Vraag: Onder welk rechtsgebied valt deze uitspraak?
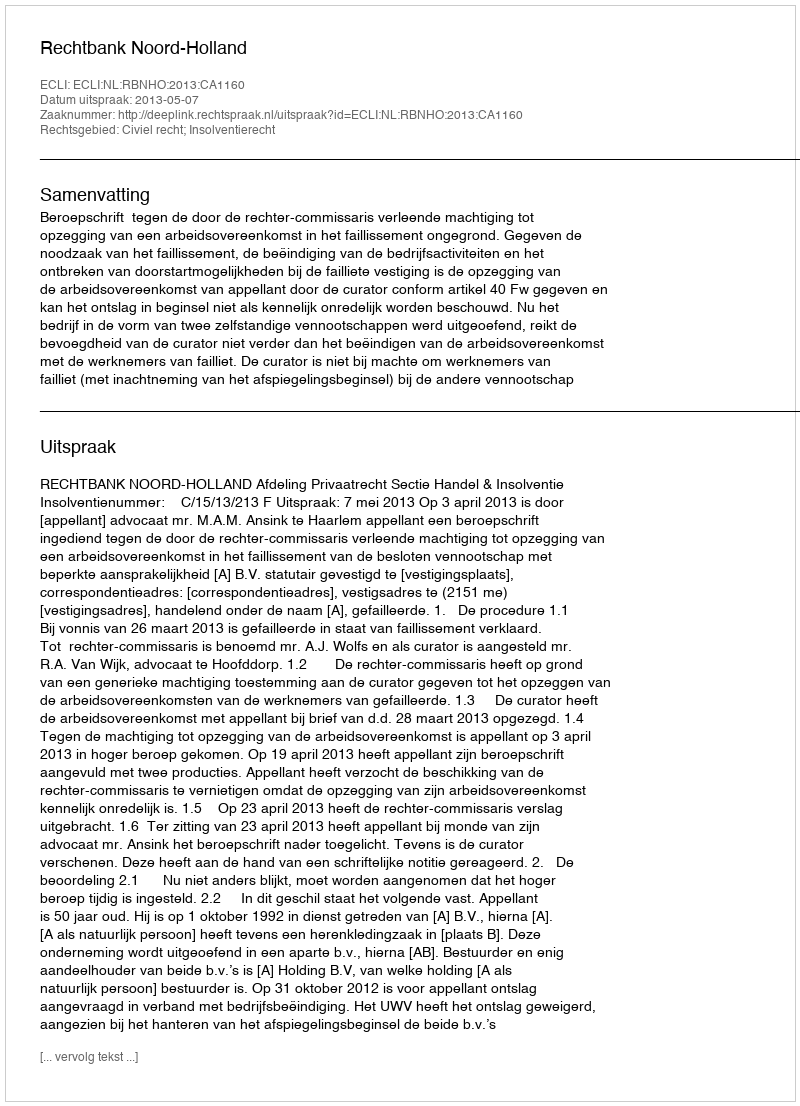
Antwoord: Civiel recht; Insolventierecht